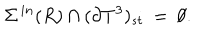
\Sigma ^ { \, i n } ( R ) \cap ( \partial { T } ^ { 3 } ) _ { s t } \: = \: \emptyset .